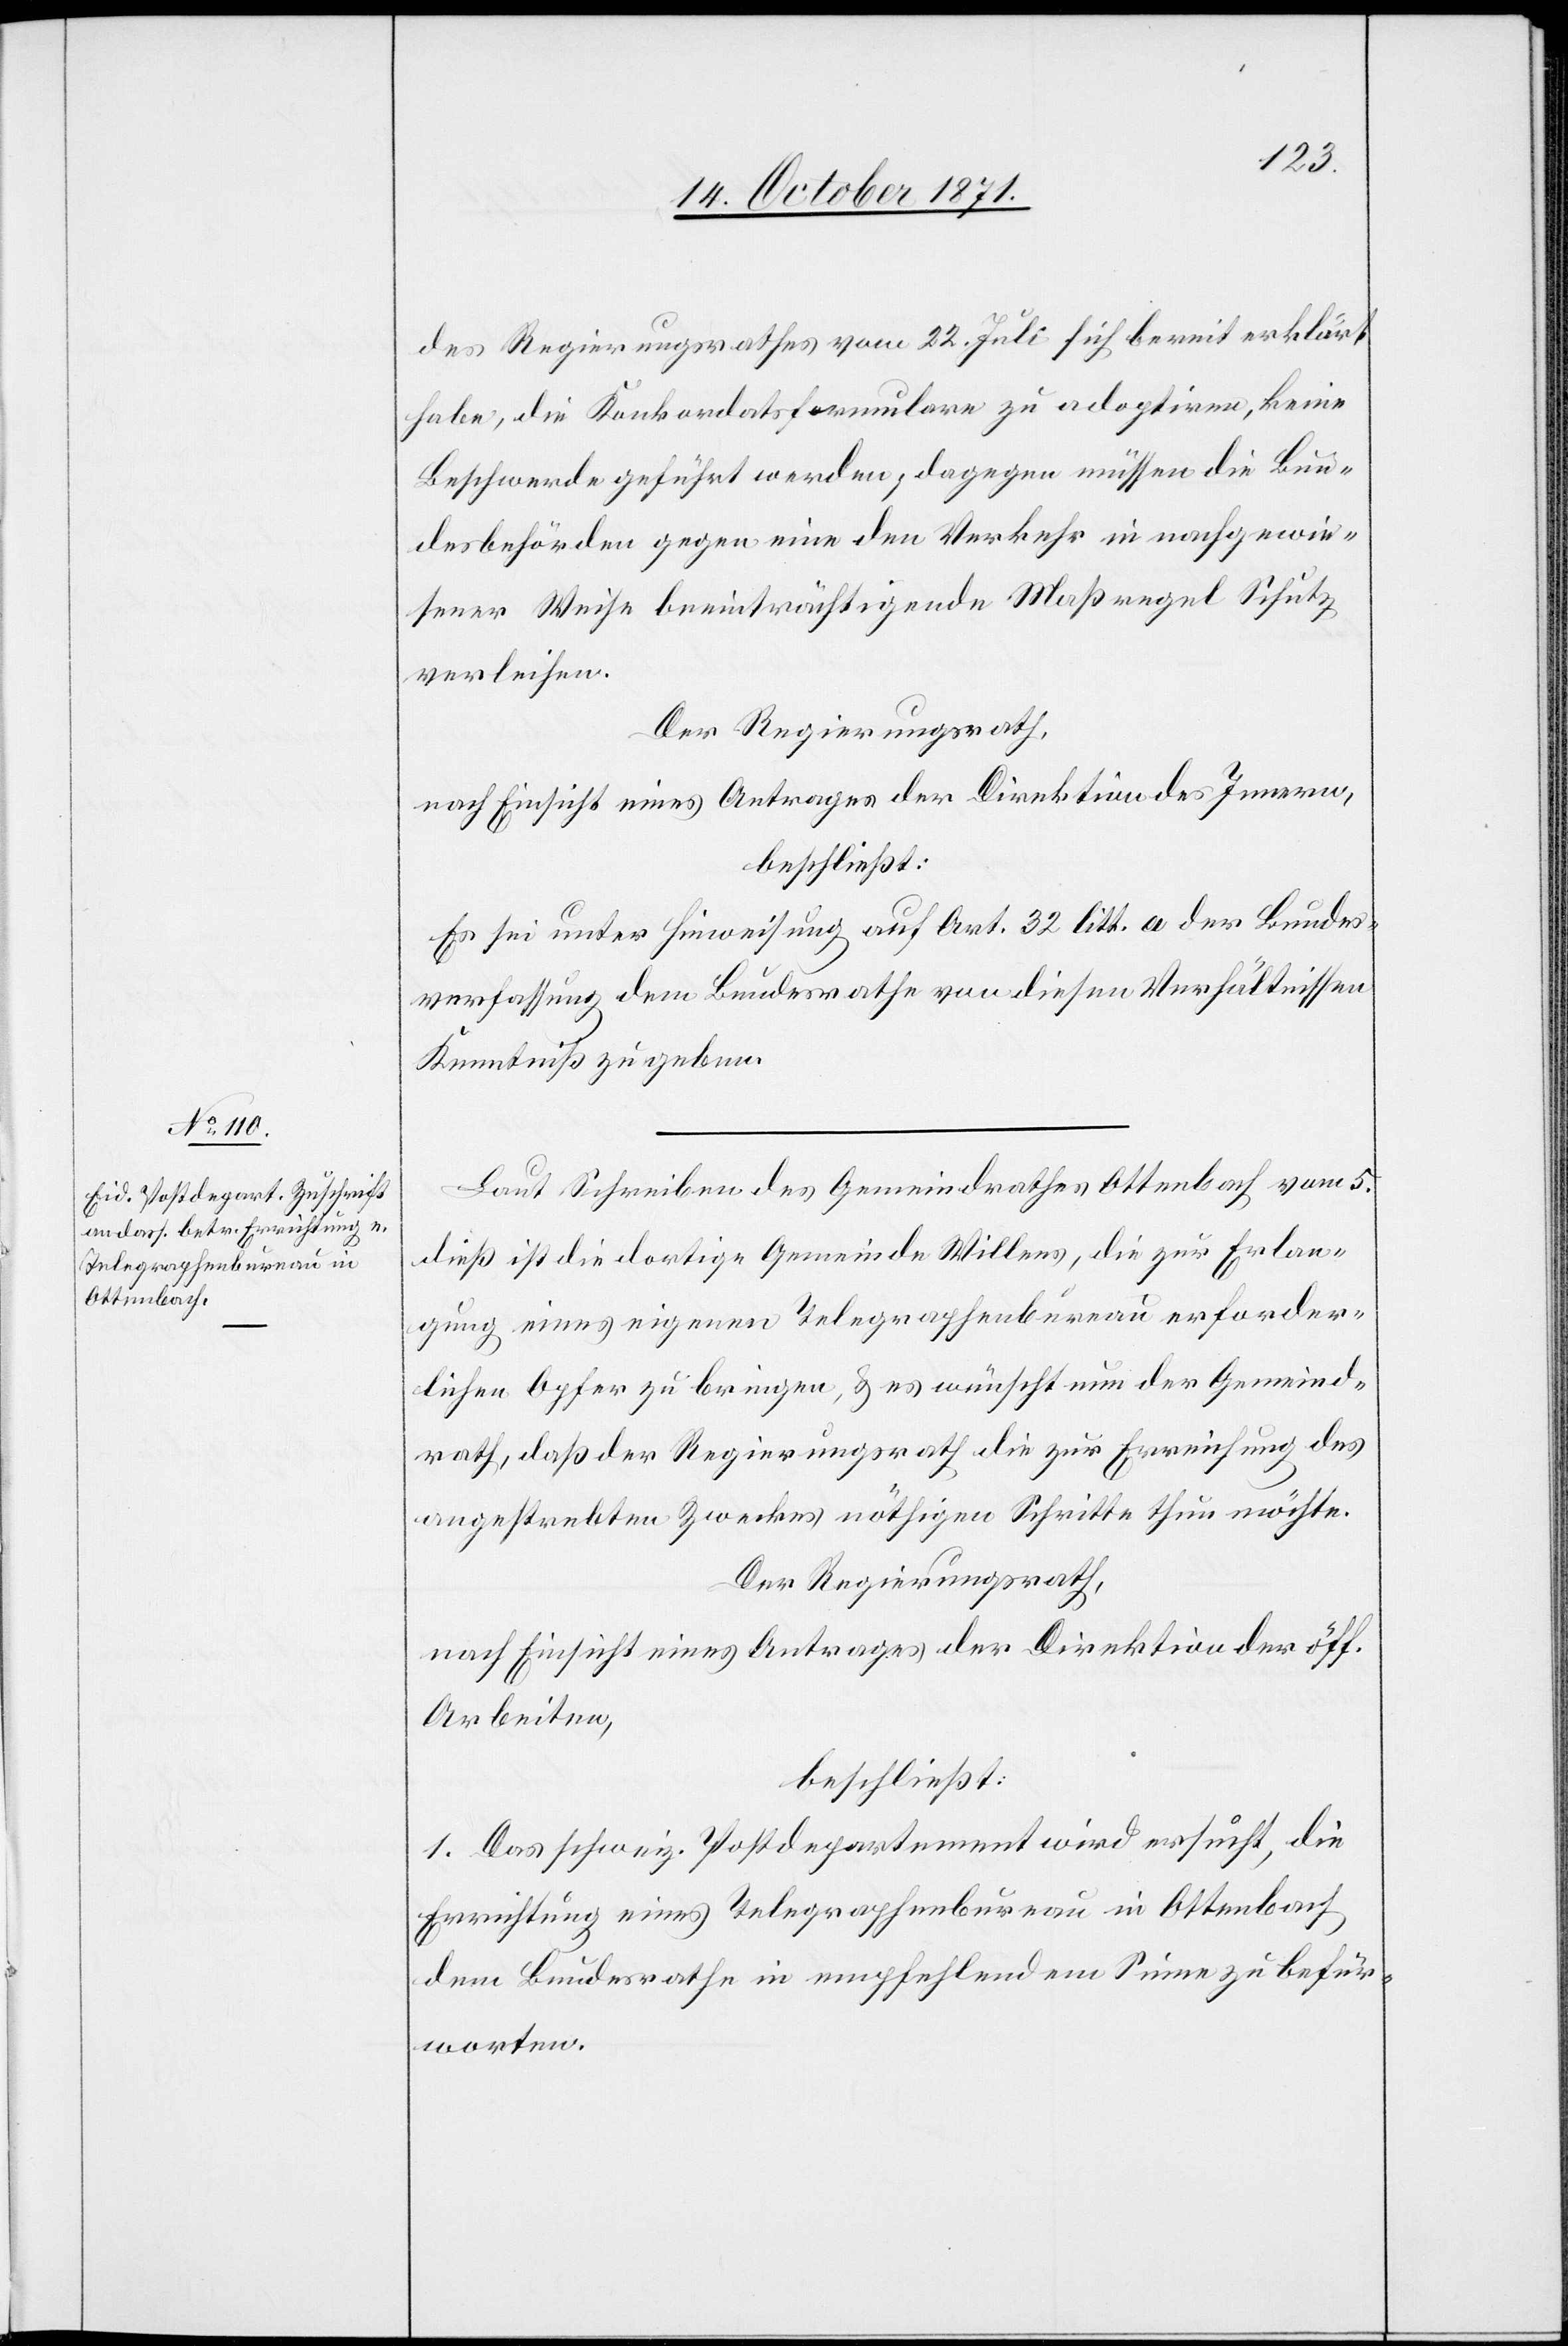
des Regierungsrathes vom 22. Juli sich bereit erklärt
habe, die Konkordatsformulare zu adoptiren, keine
Beschwerde geführt werden; dagegen müssen die Bun¬
desbehörden gegen eine den Verkehr in nachgewie¬
sener Weise beeinträchtigenden Maßregel Schutz
verleihen.
Der Regierungsrath,
nach Einsicht eines Antrages der Direktion des Innern,
beschließt:
Es sei unter Hinweisung auf Art. 32 litt. a der Bundes¬
verfassung dem Bundesrathe von diesen Verhältnissen
Kenntniß zu geben.
Laut Schreiben des Gemeindrathes Ottenbach vom 5.
dieß ist die dortige Gemeinde Willens, die zur Erlan¬
gung eines eigenen Telegraphenbureau erforder¬
lichen Opfer zu bringen, & es wünscht nun der Gemeind¬
rath, daß der Regierungsrath die zur Erreichung des
angestrebten Zweckes nöthigen Schritte thun möchte.
Der Regierungsrath,
nach Einsicht eines Antrages der Direktion der öff.
Arbeiten,
beschließt:
1. Das schweiz. Postdepartement wird ersucht, die
Errichtung eines Telegraphenbureau in Ottenbach
dem Bundesrathe in empfehlendem Sinne zu befür¬
worten.